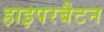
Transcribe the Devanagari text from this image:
हाइपरबैटन